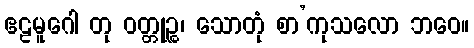
ဧဠမူဂေါ တု ဝတ္တုဉ္စ၊ သောတုံ စာ’ကုသလော ဘဝေ။